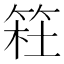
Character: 𥮊